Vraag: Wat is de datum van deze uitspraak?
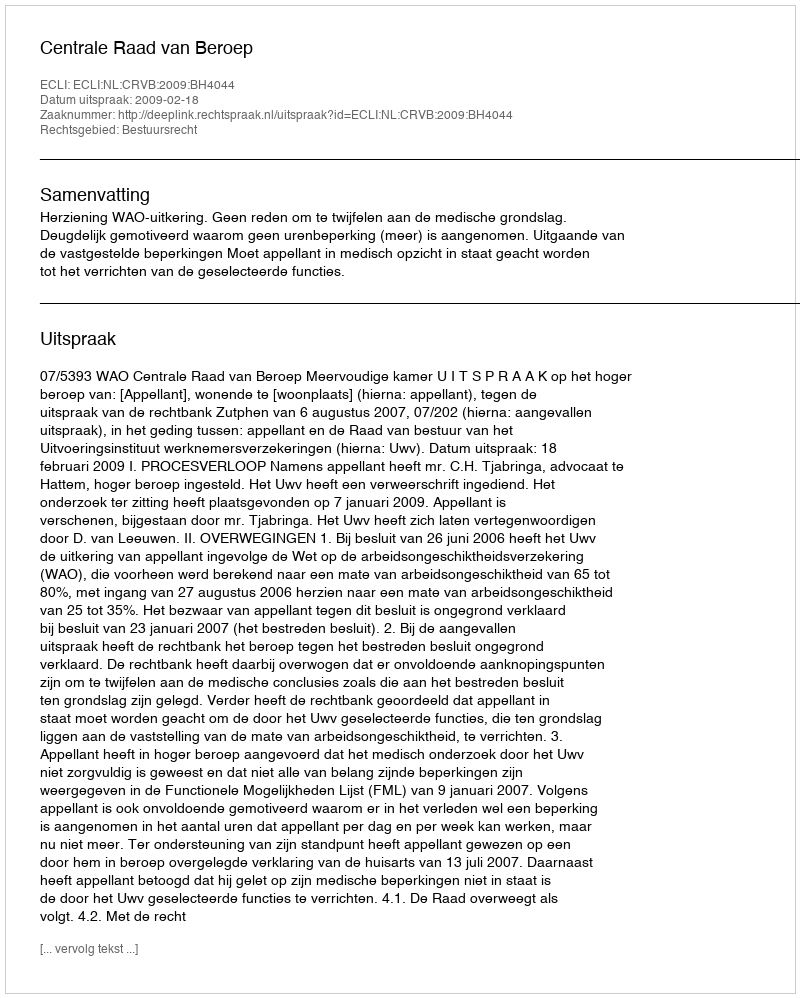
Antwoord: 2009-02-18